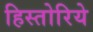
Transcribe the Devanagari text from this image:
हिस्तोरिये